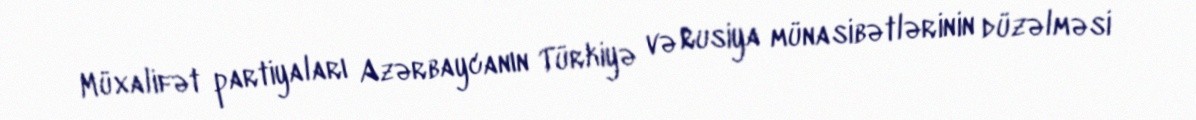
Müxalifət partiyaları Azərbaycanın Türkiyə və Rusiya münasibətlərinin düzəlməsi